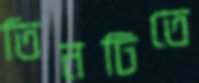
তিনটিতে